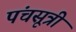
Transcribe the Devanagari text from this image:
पंचसूत्री